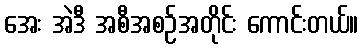
အေး အဲဒီ အစီအစဉ်အတိုင်း ကောင်းတယ်။